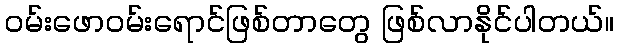
ဝမ်းဖောဝမ်းရောင်ဖြစ်တာတွေ ဖြစ်လာနိုင်ပါတယ်။